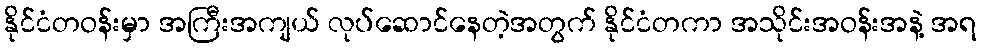
နိုင်ငံတဝန်းမှာ အကြီးအကျယ် လုပ်ဆောင်နေတဲ့အတွက် နိုင်ငံတကာ အသိုင်းအဝန်းအနဲ့ အရ